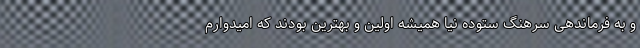
و به فرماندهی سرهنگ ستوده نیا همیشه اولین و بهترین بودند که امیدوارم